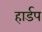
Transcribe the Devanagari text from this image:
हार्डप